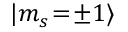
| m _ { s } \! = \! \pm 1 \rangle